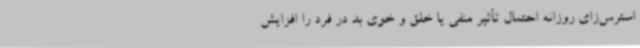
استرس‌زای روزانه احتمال تأثیر منفی یا خلق و خوی بد در فرد را افزایش